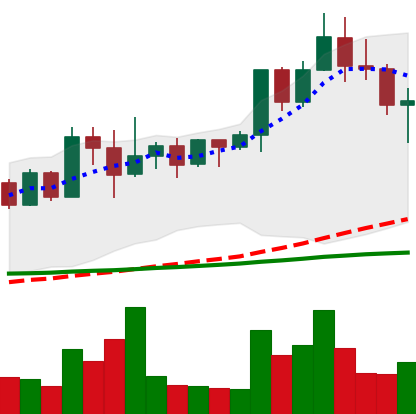
Ticker: XMR-USD
Chart end date: 2022-04-25
Forward return: -15.621%
Label: down_7plus